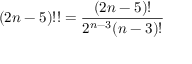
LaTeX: ( 2 n - 5 ) ! ! = { \frac { ( 2 n - 5 ) ! } { 2 ^ { n - 3 } ( n - 3 ) ! } }